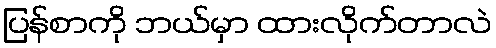
ပြန်စာကို ဘယ်မှာ ထားလိုက်တာလဲ